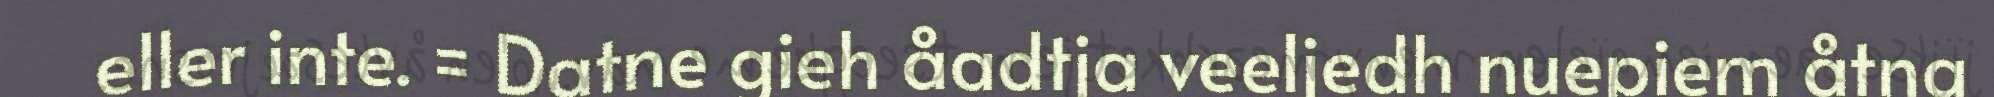
eller inte. = Datne gieh åadtja veeljedh nuepiem åtna